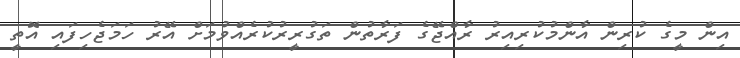
އިން މީގެ ކުރިން އާންމުކުރިއިރު ރާއްޖޭގެ ފަރާތުން ތަގުރީރުކުރެއްވުމަށް އޭރު ހަމަޖެހިފައި އޮތީ